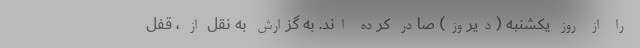
را از روز یکشنبه (دیروز) صادر کرده اند. به گزارش به نقل از ، قفل